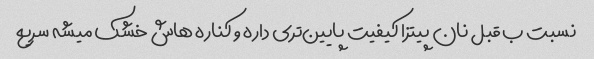
نسبت ب قبل نان پیتزا کیفیت پایین‌تری داره و کناره هاش خشک میشه سریع